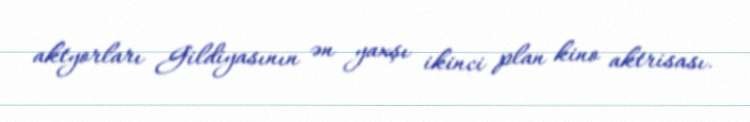
aktyorları Gildiyasının ən yaxşı ikinci plan kino aktrisası.